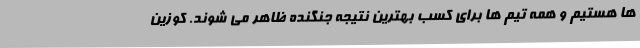
ها هستیم و همه تیم ها برای کسب بهترین نتیجه جنگنده ظاهر می شوند. کوزین